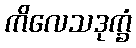
ကိလေသဒုက္ခံ